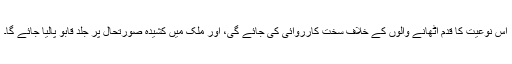
اس نوعیت کا قدم اٹھانے والوں کے خلاف سخت کارروائی کی جائے گی، اور ملک میں کشیدہ صورتحال پر جلد قابو پالیا جائے گا۔